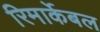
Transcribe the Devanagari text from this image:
रिमार्केबल